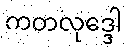
ကတလုဒ္ဒေါ